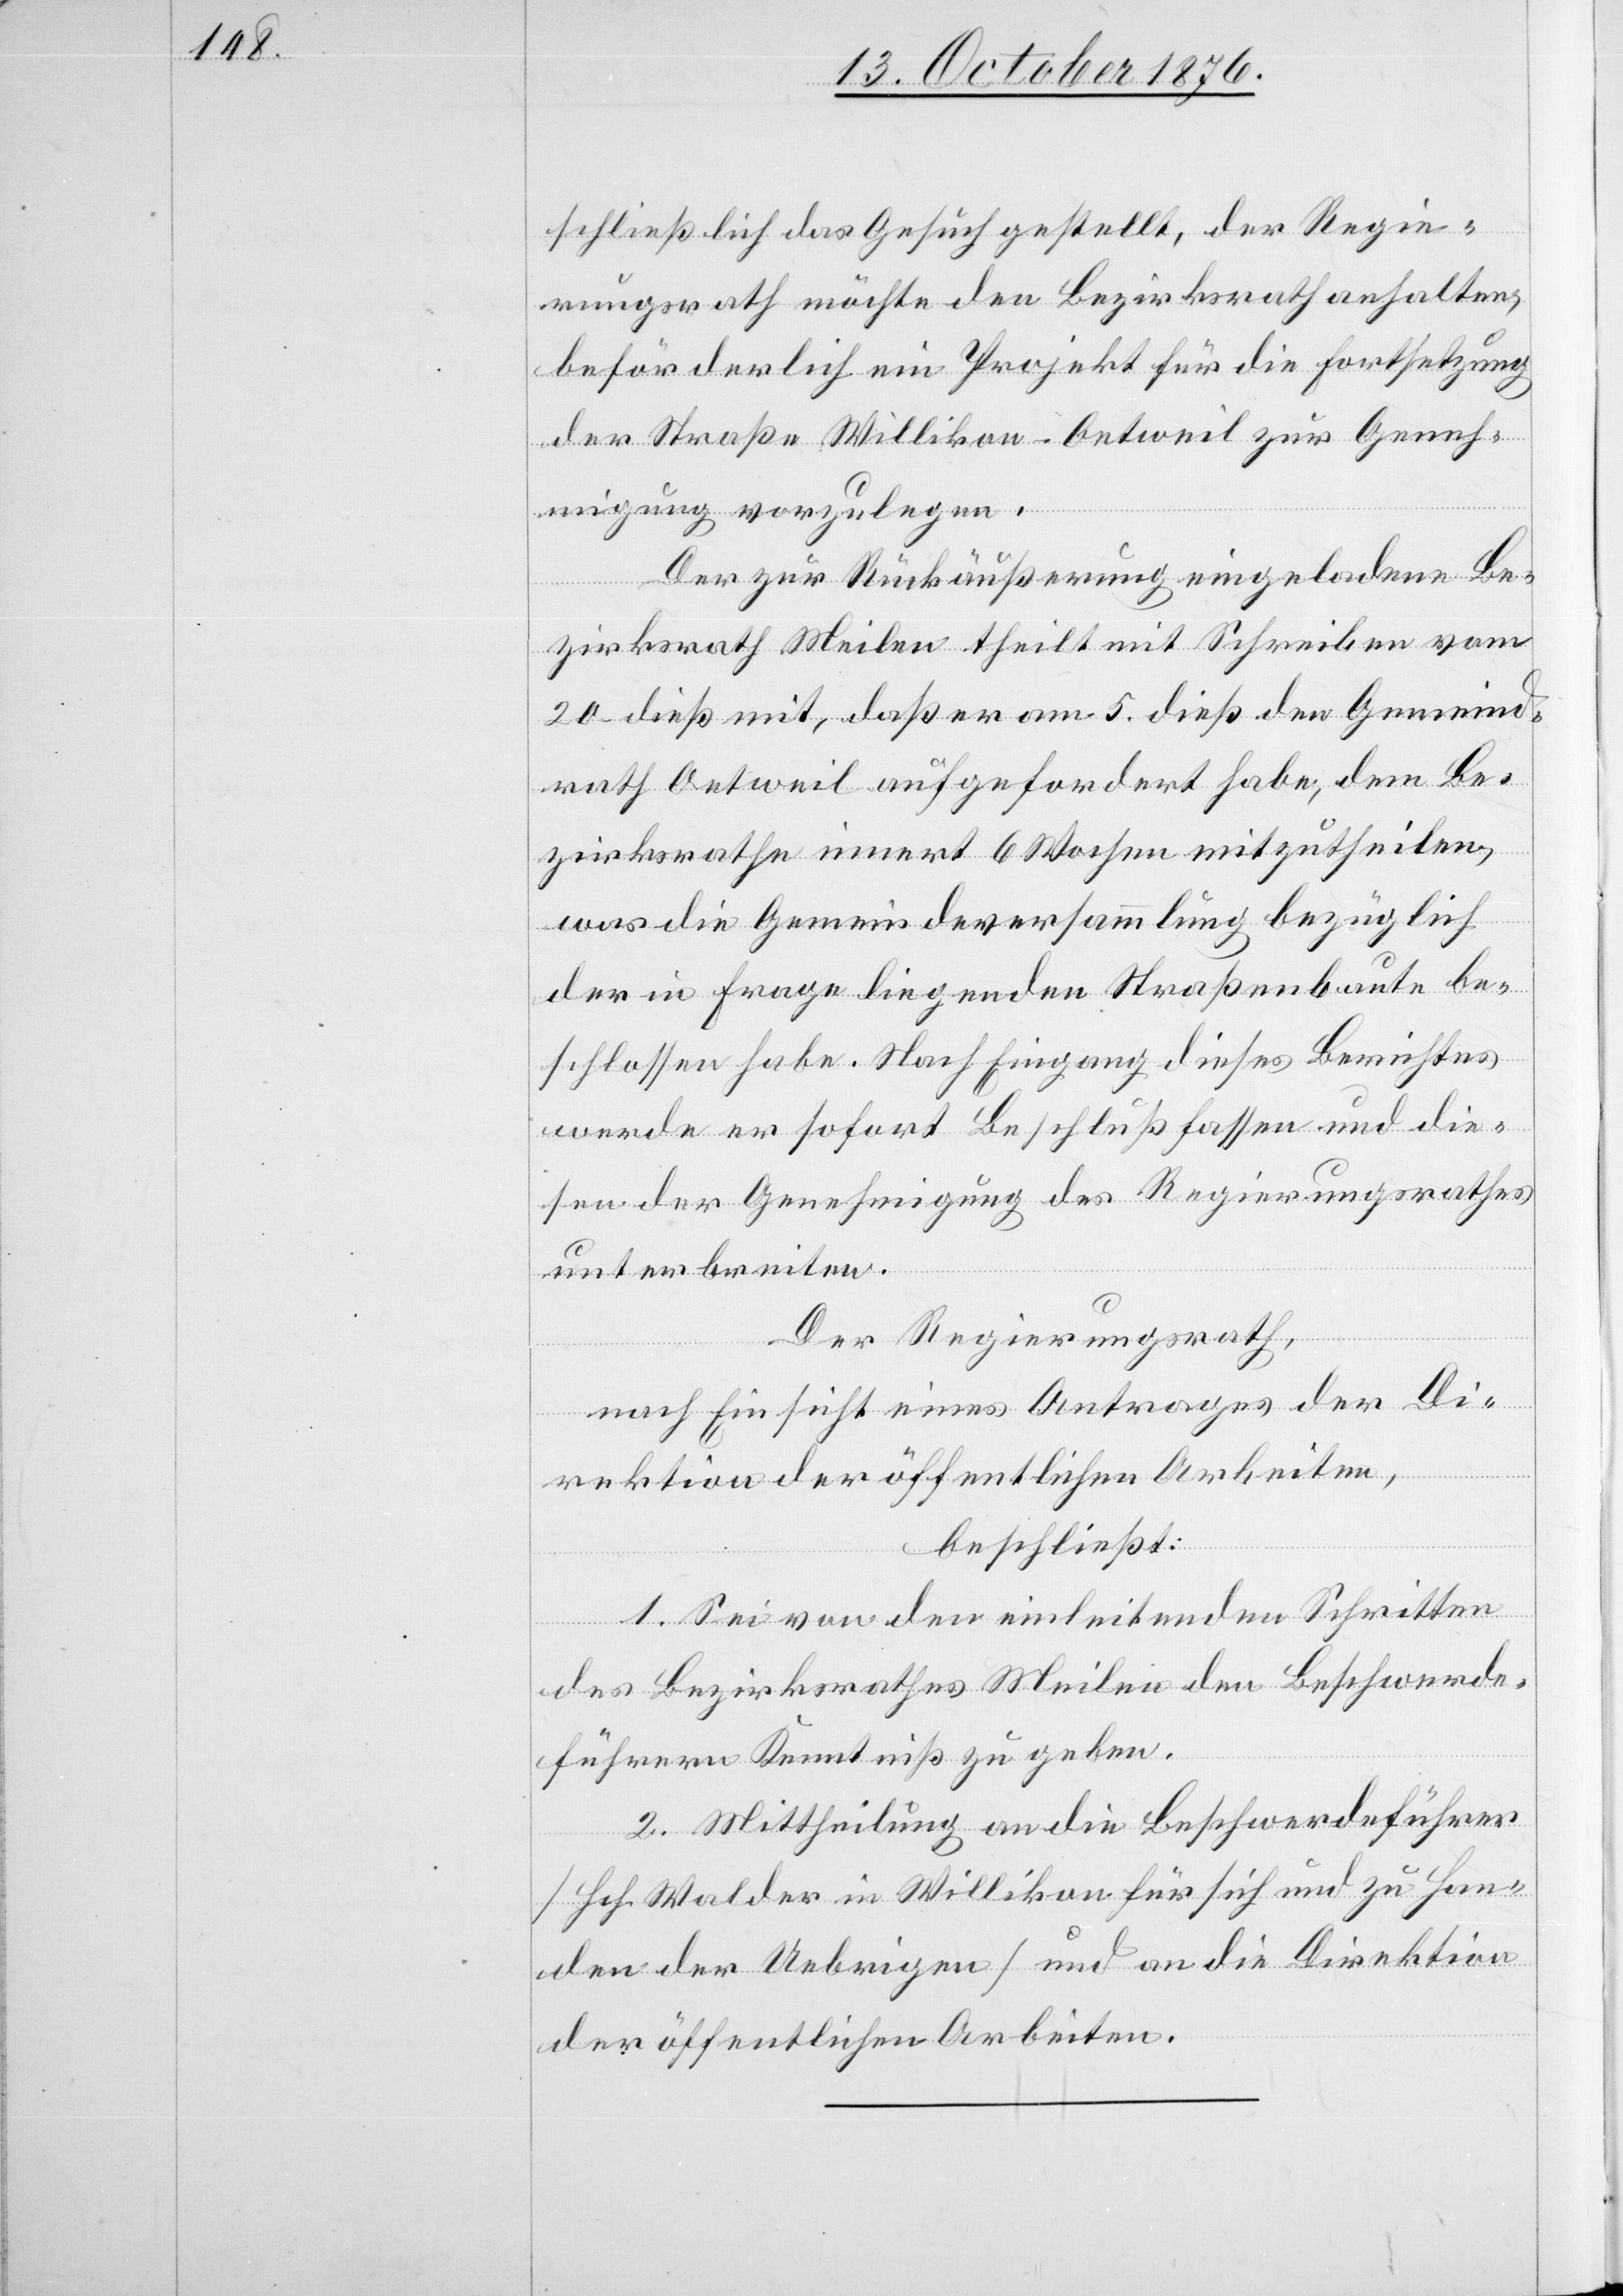
schließlich das Gesuch gestellt, der Regie¬
rungsrath möchte den Bezirksrath anhalten,
beförderlich ein Projekt für die Fortsetzung
der Straße Willikon–Oetweil zur Geneh¬
migung vorzulegen.
Der zur Rückäußerung eingeladene Be¬
zirksrath Meilen theilt mit Schreiben vom
20. dieß mit, daß er am 5. dieß den Gemeind¬
rath Oetweil aufgefordert habe, dem Be¬
zirksrathe innert 6 Wochen mitzutheilen,
was die Gemeindeversammlung bezüglich
der in Frage liegenden Straßenbaute be¬
schlossen habe. Nach Eingang dieses Berichtes
werde er sofort Beschluß fassen und die¬
sen der Genehmigung des Regierungsrathes
Der Regierungsrath,
nach Einsicht eines Antrages der Di¬
erbrei¬
rektion der öffentlichen Arbeiten,
beschließt:
1. Sei von den einleitenden Schritten
des Bezirksrathes Meilen den Beschwerde¬
führern Kenntniß zu geben.
2. Mittheilung an die Beschwerdeführer
[Hch. Walder in Willikon für sich und zu Han¬
den der Uebrigen] und an die Direktion
der öffentlichen Arbeiten.

ten.